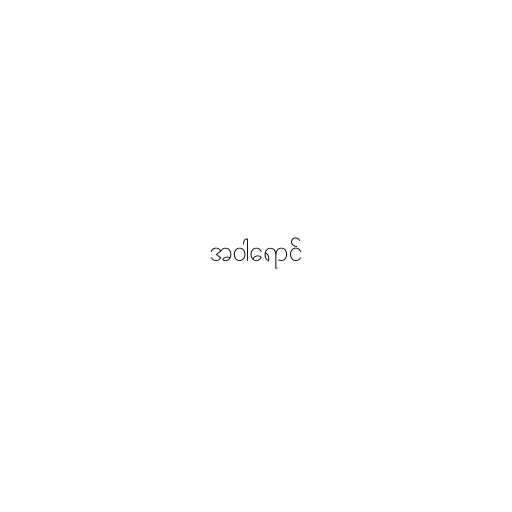
အဝါရောင်